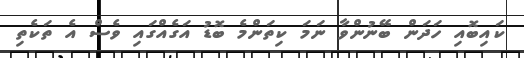
ކައިބޮއި ހަދަން ބޭނުންވާ ނަމަ ކިތަންމެ ބޮޑު އަގެއްގައި ވެސް އެ ތަކެތި